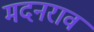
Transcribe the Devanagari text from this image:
मदनराव